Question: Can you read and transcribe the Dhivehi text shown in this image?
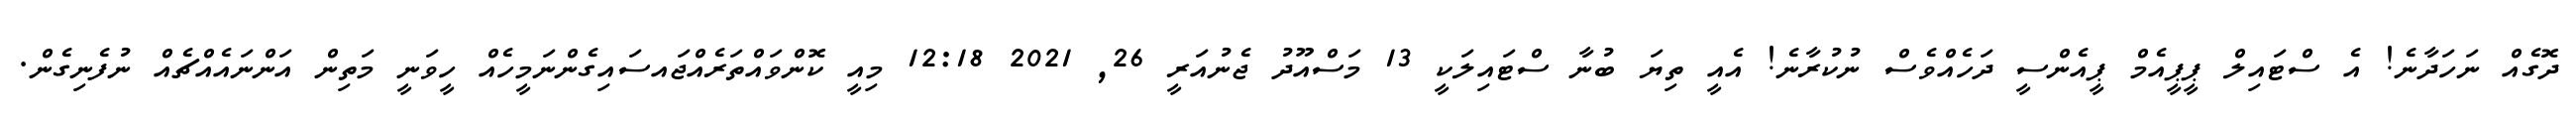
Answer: ދޮގެއް ނަހަދާނެ! އެ ސްޓައިލް ޕީޕީއެމް ޕީއެންސީ ދަހެއްވެސް ނުކުރާނެ! އެއީ ތިޔަ ބުނާ ސްޓައިލަކީ 13 މަސްއޫދު ޖެނުއަރީ 26, 2021 12:18 މިއީ ކޮންވައްތަރެއްޖައސައިގެންނަމީހެއް ހީވަނީ މަތިން އަންނައެއްޗެއް ނުފެނިގެން.